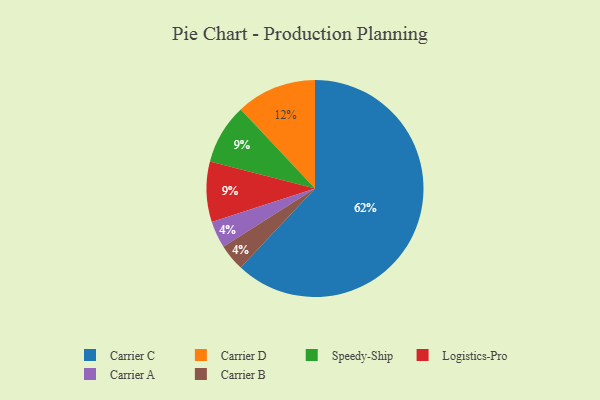
{"axis": {"x": "Category", "y": "Percentage"}, "legend": ["Carrier A", "Carrier B", "Carrier C", "Carrier D", "Logistics-Pro", "Speedy-Ship"], "data": [{"x": "Carrier A", "y": 4, "type": "Carrier A"}, {"x": "Carrier B", "y": 4, "type": "Carrier B"}, {"x": "Speedy-Ship", "y": 9, "type": "Speedy-Ship"}, {"x": "Logistics-Pro", "y": 9, "type": "Logistics-Pro"}, {"x": "Carrier C", "y": 62, "type": "Carrier C"}, {"x": "Carrier D", "y": 12, "type": "Carrier D"}]}